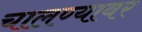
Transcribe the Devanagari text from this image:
चालण्यावर